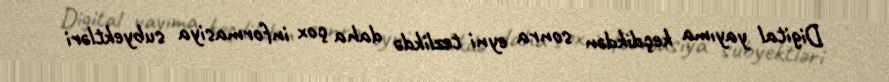
Digital yayıma keçdikdən sonra eyni tezlikdə daha çox informasiya subyektləri